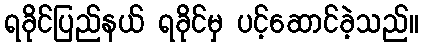
ရခိုင်ပြည်နယ် ရခိုင်မှ ပင့်ဆောင်ခဲ့သည်။